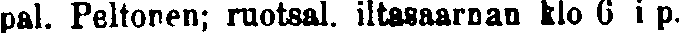
pat. Peltonen; ruotsal. iltasaarnan klo 6 i p.